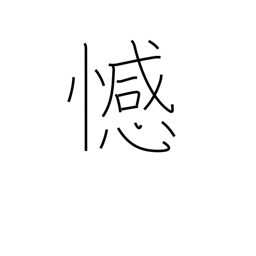
Meaning: remorse